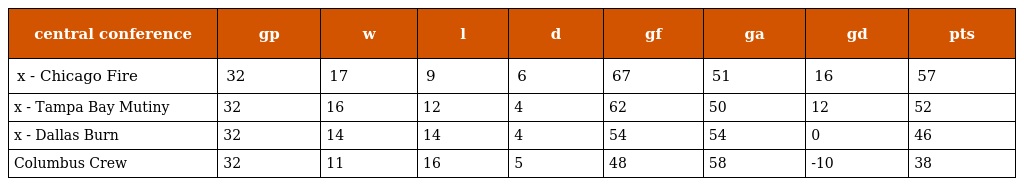
| central conference | gp | w | l | d | gf | ga | gd | pts |
 | --- | --- | --- | --- | --- | --- | --- | --- | --- |
 | x - Chicago Fire | 32 | 17 | 9 | 6 | 67 | 51 | 16 | 57 |
 | x - Tampa Bay Mutiny | 32 | 16 | 12 | 4 | 62 | 50 | 12 | 52 |
 | x - Dallas Burn | 32 | 14 | 14 | 4 | 54 | 54 | 0 | 46 |
 | Columbus Crew | 32 | 11 | 16 | 5 | 48 | 58 | -10 | 38 |